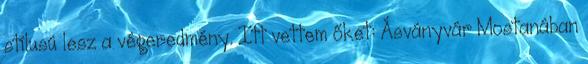
stílusú lesz a végeredmény. Itt vettem őket: Ásványvár Mostanában